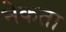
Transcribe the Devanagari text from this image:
नेकता